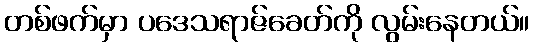
တစ်ဖက်မှာ ပဒေသရာဇ်ခေတ်ကို လွမ်းနေတယ်။